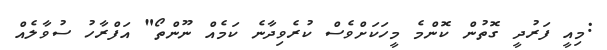
:މިއީ ފަރުދީ ގޮތުން ކޮންމެ މީހަކަށްވެސް ކުރެވިދާނެ ކަމެއް ނޫންތޯ" އަފްރާހު ސުވާލެއް